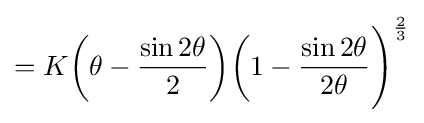
=K{\biggl (}\theta -{\frac {\sin 2\theta }{2}}{\biggr )}{{{\biggl (}1-{\frac {\sin 2\theta }{2\theta }}{\Biggr )}}^{\frac {2}{3}}}